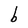
Character: b